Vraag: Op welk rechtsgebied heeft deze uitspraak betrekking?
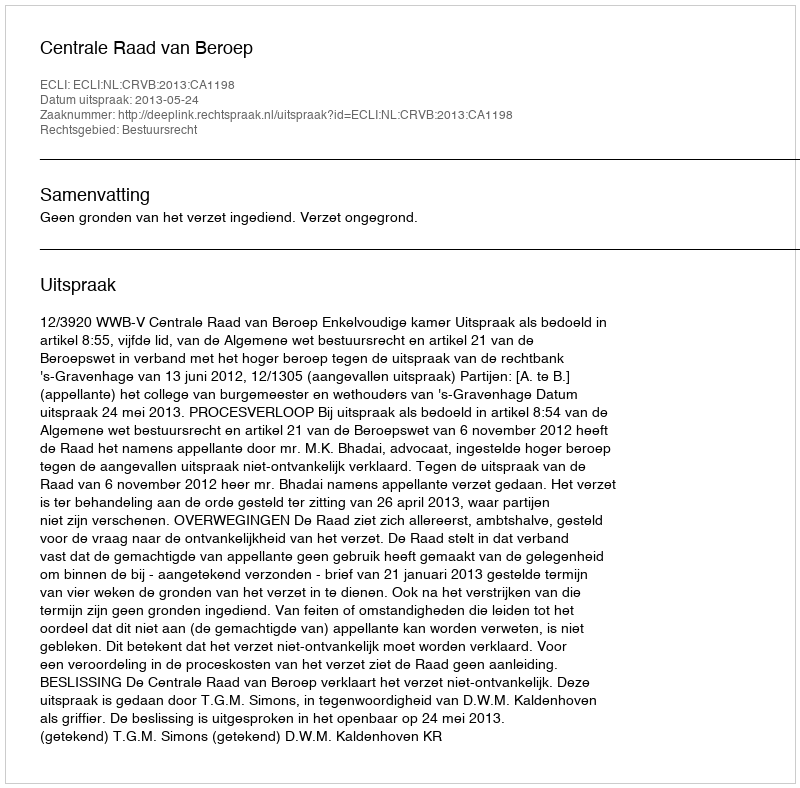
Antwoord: Bestuursrecht